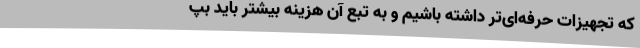
که تجهیزات حرفه‌ای‌تر داشته باشیم و به تبع آن هزینه بیشتر باید بپ